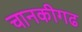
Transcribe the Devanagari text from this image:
चानकीगढ